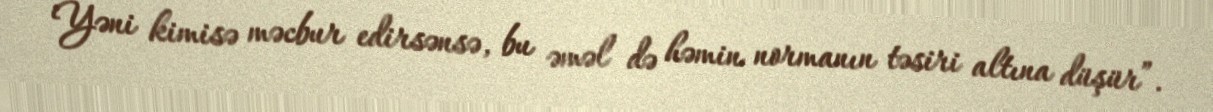
Yəni kimisə məcbur edirsənsə, bu əməl də həmin normanın təsiri altına düşür”.